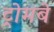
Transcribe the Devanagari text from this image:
ट्रोमबे